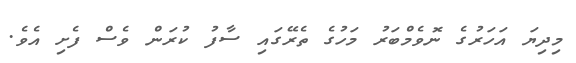
މިދިޔަ އަހަރުގެ ނޮވެމްބަރު މަހުގެ ތެރޭގައި ސާފު ކުރަން ވެސް ފެށި އެވެ.